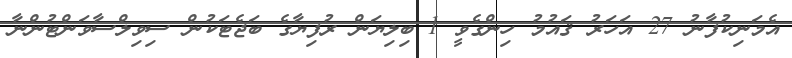
އެމަނިކުފާނު 27 އަހަރު ޤައުމު ހިންގެވީ 1 ބިލިޔަން ރުފިޔާގެ ބަޖެޓަކުން ސިވިލްސާވަންޓުންނާ